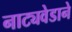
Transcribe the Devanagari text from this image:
नाट्यवेडाने